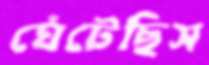
ঘেঁটেছিস